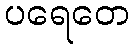
ပရေတေ